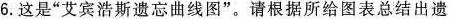
6.这是”艾宾浩斯遗忘曲线图”。请根据所给图表总结出遗